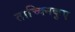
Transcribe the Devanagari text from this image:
ताच्क्निकुए